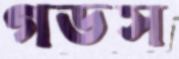
গডস